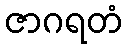
ဇာဂရတံ